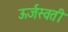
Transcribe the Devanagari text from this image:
ऊर्जस्वती